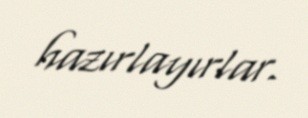
hazırlayırlar.